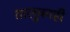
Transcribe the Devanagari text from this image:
तालुकाही